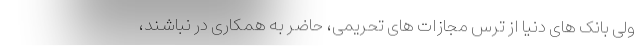
ولی بانک های دنیا از ترس مجازات های تحریمی، حاضر به همکاری در نباشند،